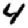
Digit: 4